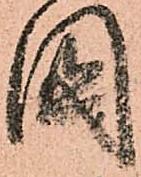
國